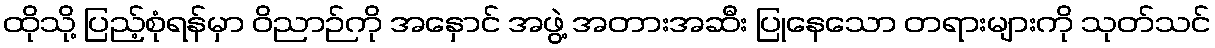
ထိုသို့ ပြည့်စုံရန်မှာ ဝိညာဉ်ကို အနှောင် အဖွဲ့ အတားအဆီး ပြုနေသော တရားများကို သုတ်သင်